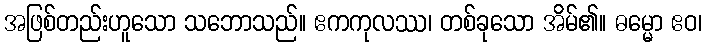
အဖြစ်တည်းဟူသော သဘောသည်။ ဧကကုလဿ၊ တစ်ခုသော အိမ်၏။ ဓမ္မော ဧဝ၊